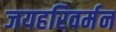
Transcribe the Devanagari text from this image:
जयहरिवर्मन